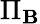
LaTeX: \Pi_{\mathbf{B}}